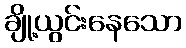
ချို့ယွင်းနေသော